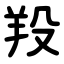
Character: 羖